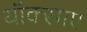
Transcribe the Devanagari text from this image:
यॉक्साए